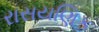
રાસયણિક